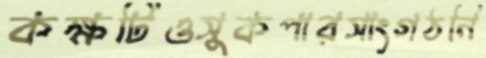
কক্ষটিওসুকপারসাংগঠনি